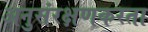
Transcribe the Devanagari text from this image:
अनुसंरक्षणकरता